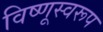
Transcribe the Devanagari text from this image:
विष्णूस्वरूप